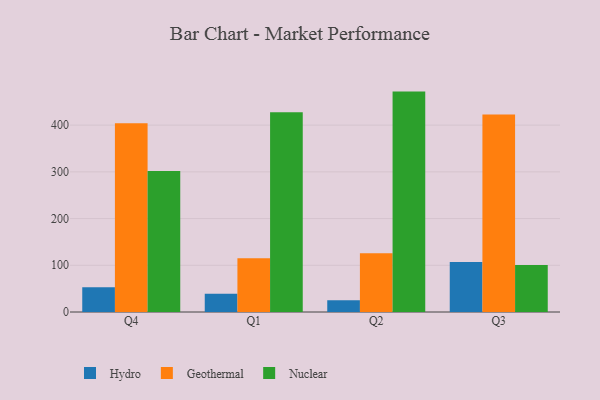
{"axis": {"x": "Quarter", "y": "Backlog"}, "legend": ["Geothermal", "Hydro", "Nuclear"], "data": [{"x": "Q4", "y": 53.2, "type": "Hydro"}, {"x": "Q4", "y": 403.8, "type": "Geothermal"}, {"x": "Q4", "y": 301.8, "type": "Nuclear"}, {"x": "Q1", "y": 38.8, "type": "Hydro"}, {"x": "Q1", "y": 114.8, "type": "Geothermal"}, {"x": "Q1", "y": 427.8, "type": "Nuclear"}, {"x": "Q2", "y": 25.3, "type": "Hydro"}, {"x": "Q2", "y": 126.0, "type": "Geothermal"}, {"x": "Q2", "y": 471.8, "type": "Nuclear"}, {"x": "Q3", "y": 107.1, "type": "Hydro"}, {"x": "Q3", "y": 422.7, "type": "Geothermal"}, {"x": "Q3", "y": 100.7, "type": "Nuclear"}]}